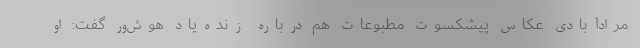
مرادآبادی‌ عکاس پیشکسوت مطبوعات هم درباره زنده‌یاد هوش‌ور گفت: او